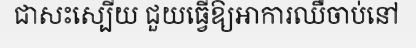
ជាសះស្បើយ ជួយធ្វើឱ្យអាការឈឺចាប់នៅ